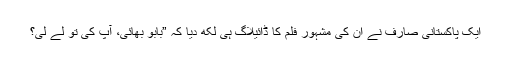
ایک پاکستانی صارف نے ان کی مشہور فلم کا ڈائیلاگ ہی لکھ دیا کہ ”بابو بھائی، آپ کی تو لے لی؟